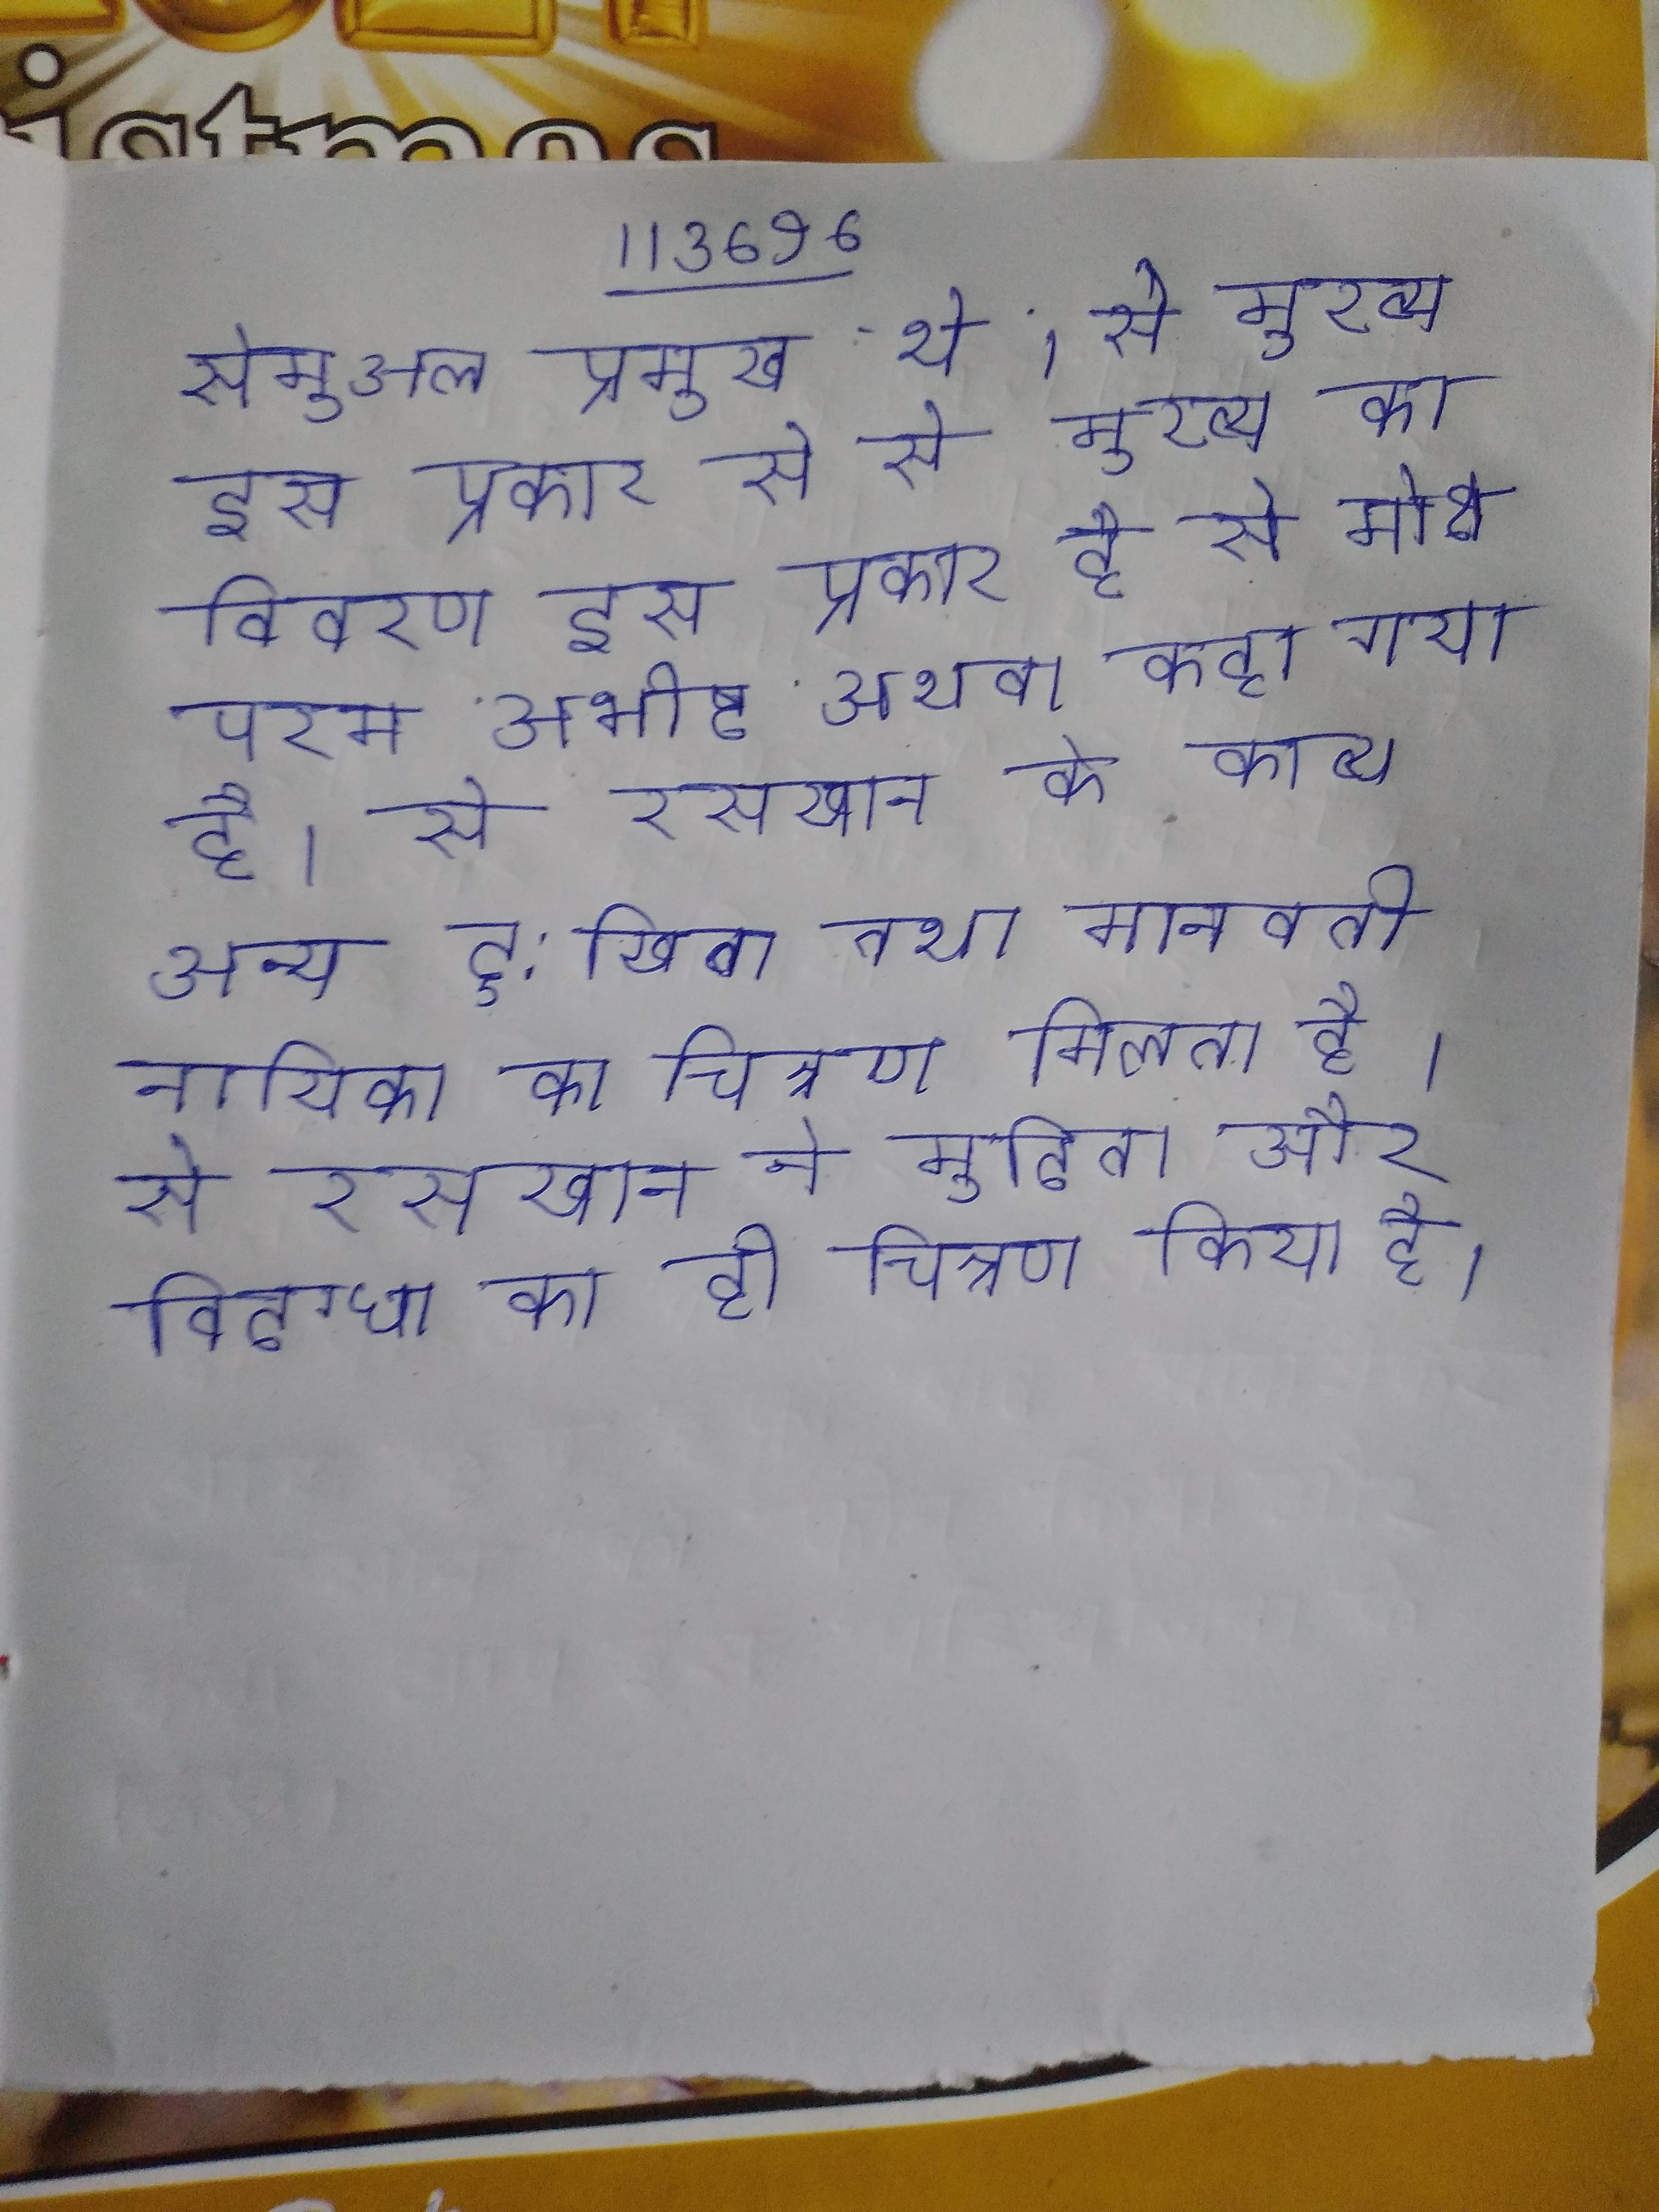
सेमुअल प्रमुख थे । से मुख्य इस प्रकार से से मुख्य का विवरण इस प्रकार है से मोक्ष परम अभीष्ट अथवा कहा गया है । से रसखान के काव्य अन्य दु:खिता तथा मानवती नायिका का चित्रण मिलता है । से रसखान ने मुदिता और विदग्धा का ही चित्रण किया है ।